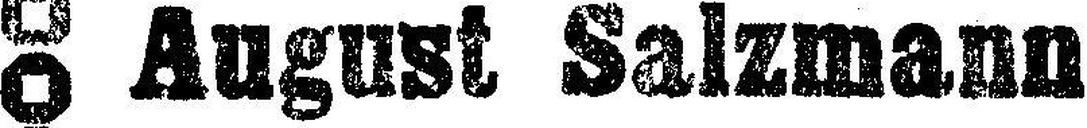
August Salzmann